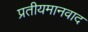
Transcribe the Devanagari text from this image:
प्रतीयमानवाद